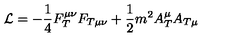
{ \cal L } = - \frac 1 4 F _ { T } ^ { \mu \nu } F _ { T \mu \nu } + \frac 1 2 m ^ { 2 } A _ { T } ^ { \mu } A _ { T \mu }